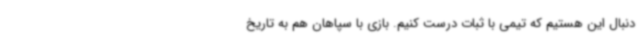
دنبال این هستیم که تیمی با ثبات درست کنیم. بازی با سپاهان هم به تاریخ